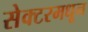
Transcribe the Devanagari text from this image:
सेक्टरमधून